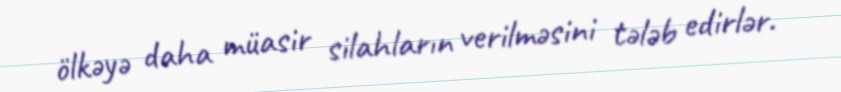
ölkəyə daha müasir silahların verilməsini tələb edirlər.